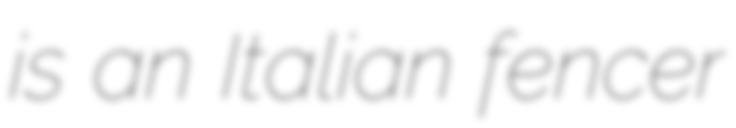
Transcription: is an Italian fencer